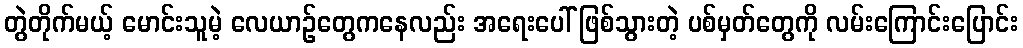
တွဲတိုက်မယ့် မောင်းသူမဲ့ လေယာဉ်တွေကနေလည်း အရေးပေါ် ဖြစ်သွားတဲ့ ပစ်မှတ်တွေကို လမ်းကြောင်းပြောင်း